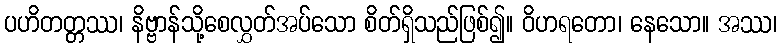
ပဟိတတ္တဿ၊ နိဗ္ဗာန်သို့စေလွှတ်အပ်သော စိတ်ရှိသည်ဖြစ်၍။ ဝိဟရတော၊ နေသော။ အဿ၊